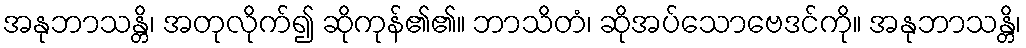
အနုဘာသန္တိ၊ အတုလိုက်၍ ဆိုကုန်၏၏။ ဘာသိတံ၊ ဆိုအပ်သောဗေဒင်ကို။ အနုဘာသန္တိ၊